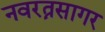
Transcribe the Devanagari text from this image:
नवरत्नसागर